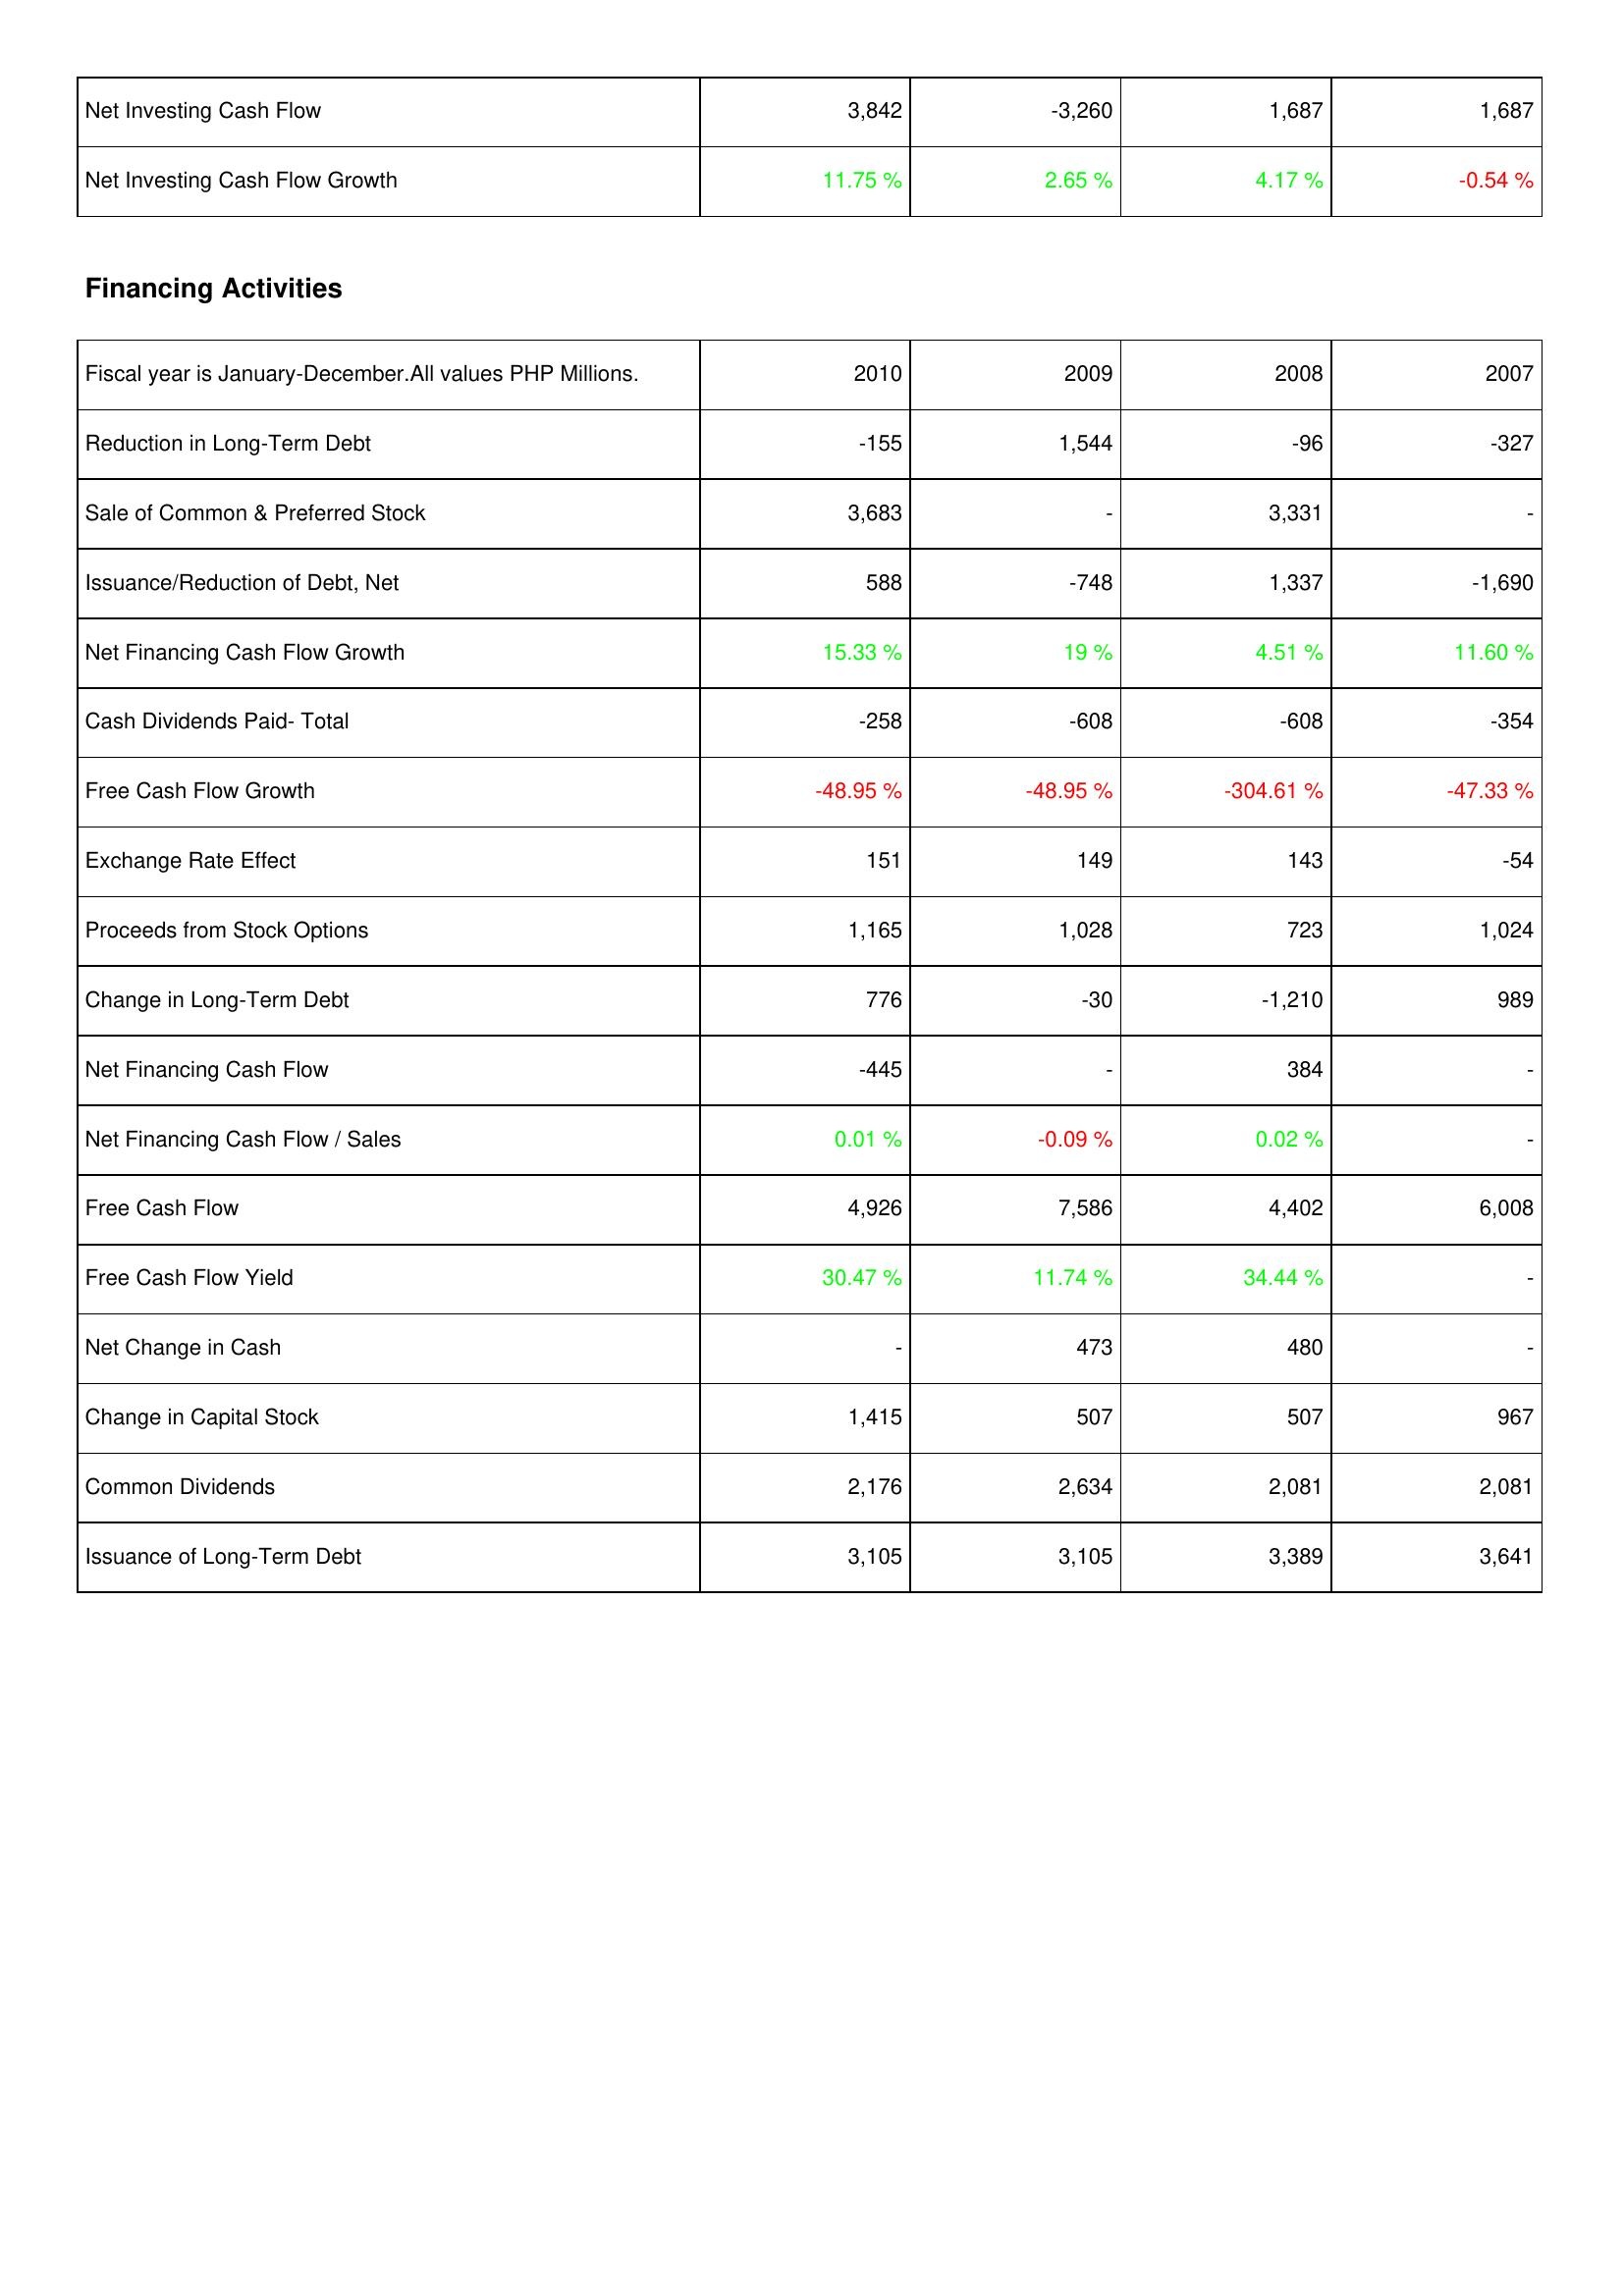
2010: Investing Activities: Net Investing Cash Flow: 3,842
Net Investing Cash Flow Growth: 11.75 %
Financing Activities: Reduction in Long-Term Debt: -155
Sale of Common & Preferred Stock: 3,683
Issuance/Reduction of Debt, Net: 588
Net Financing Cash Flow Growth: 15.33 %
Cash Dividends Paid- Total: -258
Free Cash Flow Growth: -48.95 %
Exchange Rate Effect: 151
Proceeds from Stock Options: 1,165
Change in Long-Term Debt: 776
Net Financing Cash Flow: -445
Net Financing Cash Flow / Sales: 0.01 %
Free Cash Flow: 4,926
Free Cash Flow Yield: 30.47 %
Net Change in Cash: -
Change in Capital Stock: 1,415
Common Dividends: 2,176
Issuance of Long-Term Debt: 3,105
2009: Investing Activities: Net Investing Cash Flow: -3,260
Net Investing Cash Flow Growth: 2.65 %
Financing Activities: Reduction in Long-Term Debt: 1,544
Sale of Common & Preferred Stock: -
Issuance/Reduction of Debt, Net: -748
Net Financing Cash Flow Growth: 19 %
Cash Dividends Paid- Total: -608
Free Cash Flow Growth: -48.95 %
Exchange Rate Effect: 149
Proceeds from Stock Options: 1,028
Change in Long-Term Debt: -30
Net Financing Cash Flow: -
Net Financing Cash Flow / Sales: -0.09 %
Free Cash Flow: 7,586
Free Cash Flow Yield: 11.74 %
Net Change in Cash: 473
Change in Capital Stock: 507
Common Dividends: 2,634
Issuance of Long-Term Debt: 3,105
2008: Investing Activities: Net Investing Cash Flow: 1,687
Net Investing Cash Flow Growth: 4.17 %
Financing Activities: Reduction in Long-Term Debt: -96
Sale of Common & Preferred Stock: 3,331
Issuance/Reduction of Debt, Net: 1,337
Net Financing Cash Flow Growth: 4.51 %
Cash Dividends Paid- Total: -608
Free Cash Flow Growth: -304.61 %
Exchange Rate Effect: 143
Proceeds from Stock Options: 723
Change in Long-Term Debt: -1,210
Net Financing Cash Flow: 384
Net Financing Cash Flow / Sales: 0.02 %
Free Cash Flow: 4,402
Free Cash Flow Yield: 34.44 %
Net Change in Cash: 480
Change in Capital Stock: 507
Common Dividends: 2,081
Issuance of Long-Term Debt: 3,389
2007: Investing Activities: Net Investing Cash Flow: 1,687
Net Investing Cash Flow Growth: -0.54 %
Financing Activities: Reduction in Long-Term Debt: -327
Sale of Common & Preferred Stock: -
Issuance/Reduction of Debt, Net: -1,690
Net Financing Cash Flow Growth: 11.60 %
Cash Dividends Paid- Total: -354
Free Cash Flow Growth: -47.33 %
Exchange Rate Effect: -54
Proceeds from Stock Options: 1,024
Change in Long-Term Debt: 989
Net Financing Cash Flow: -
Net Financing Cash Flow / Sales: -
Free Cash Flow: 6,008
Free Cash Flow Yield: -
Net Change in Cash: -
Change in Capital Stock: 967
Common Dividends: 2,081
Issuance of Long-Term Debt: 3,641